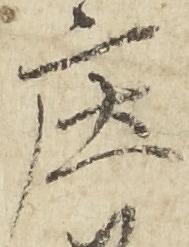
庄